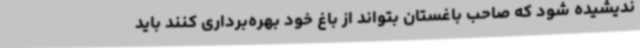
ندیشیده شود که صاحب باغستان بتواند از باغ خود بهره‌برداری کنند باید